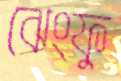
ঝেংফু